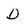
Character: D